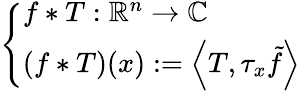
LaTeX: \left\{ \begin{array}{ll}{f\ast T:\mathbb{R}^{n}\to\mathbb{C}}\\ {(f\ast T)(x):=\left\langle T,\tau_{x}{\tilde{f}}\right\rangle}\end{array}\right.